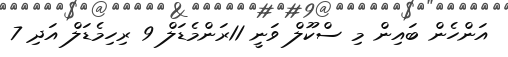
އަންހެން ބައިން މި ސްކޫލް ވަނީ 11ރަންމެޑަލް 9 ރިހިމެޑަލް އަދި 7